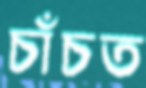
চাঁচত